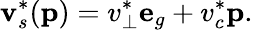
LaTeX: \mathbf{v}_{s}^{*}(\mathbf{p})=v_{\bot}^{*}\mathbf{e}_{g}+v_{c}^{*}\mathbf{p}.